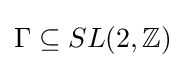
\Gamma \subseteq SL(2,\mathbb {Z} )